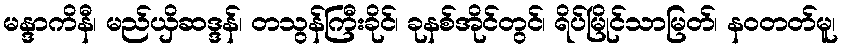
မန္ဒာကိနီ၊ မည်ယှိဆဒ္ဒန်၊ တသွန်ကြီးခိုင်၊ ခုနစ်အိုင်တွင်၊ ရိပ်မြိုင်သာမြတ်၊ နဝတတ်မူ၊